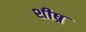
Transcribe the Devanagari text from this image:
शीष्र